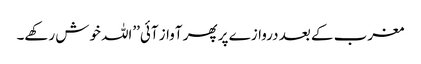
مغرب کے بعد دروازے پر پھر آواز آئی’’اللہ خوش رکھے۔